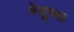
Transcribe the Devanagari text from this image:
येशूच्‍या